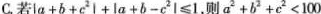
C.若$$\left | a + b + c ^ { 2 } \right | + \left | a + b - c ^ { 2 } \right | ≤ 1$$,则$$a ^ { 2 } + b ^ { 2} + c ^ { 2 }< 1 0 0$$